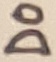
Text: D0